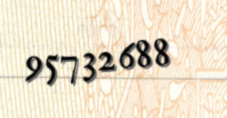
95732688